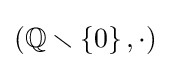
\left(\mathbb {Q} \smallsetminus \left\{0\right\},\cdot \right)